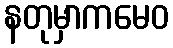
နတုမှာကမေဝ